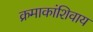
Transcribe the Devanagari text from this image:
क्रमाकांशिवाय